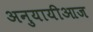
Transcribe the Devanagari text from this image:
अनुयायीआज